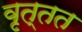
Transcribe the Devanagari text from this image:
वृत्तत